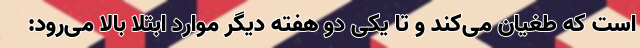
است که طغیان می‌کند و تا یکی دو هفته دیگر موارد ابتلا بالا می‌رود: